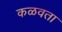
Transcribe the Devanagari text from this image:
कळवता